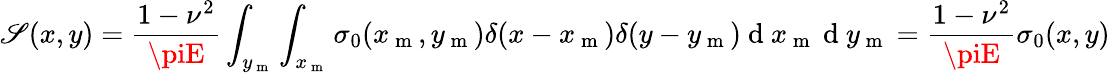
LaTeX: \mathscr{S}(x,y)=\frac{{1-\nu^{2}}}{{\piE}}\int_{y_{\mathrm{{~m~}}}}\int_{x_{\mathrm{{~m~}}}}\sigma_{0}(x_{\mathrm{{~m~}}},y_{\mathrm{{~m~}}})\delta(x-x_{\mathrm{{~m~}}})\delta(y-y_{\mathrm{{~m~}}})\mathrm{{~d~}}x_{\mathrm{{~m~}}}\mathrm{{~d~}}y_{\mathrm{{~m~}}}=\frac{{1-\nu^{2}}}{{\piE}}\sigma_{0}(x,y)